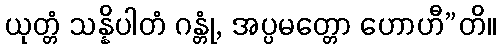
ယုတ္တံ သန္နိပါတံ ဂန္တုံ, အပ္ပမတ္တော ဟောဟီ”တိ။